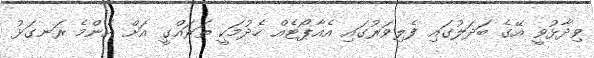
ވިދާޅުވީ އޭގެ ބަދަލުގައި ފެލިވަރުގައި އެއާޕޯޓެއް ހެދުމަކީ ތަރައްގީ އަށް އެންމެ ރަނގަޅު